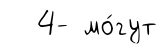
4- мо́гут